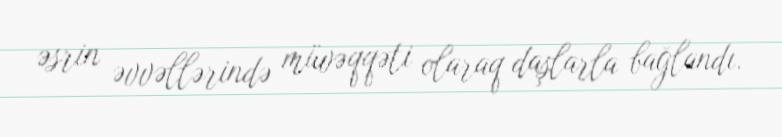
əsrin əvvəllərində müvəqqəti olaraq daşlarla bağlandı.